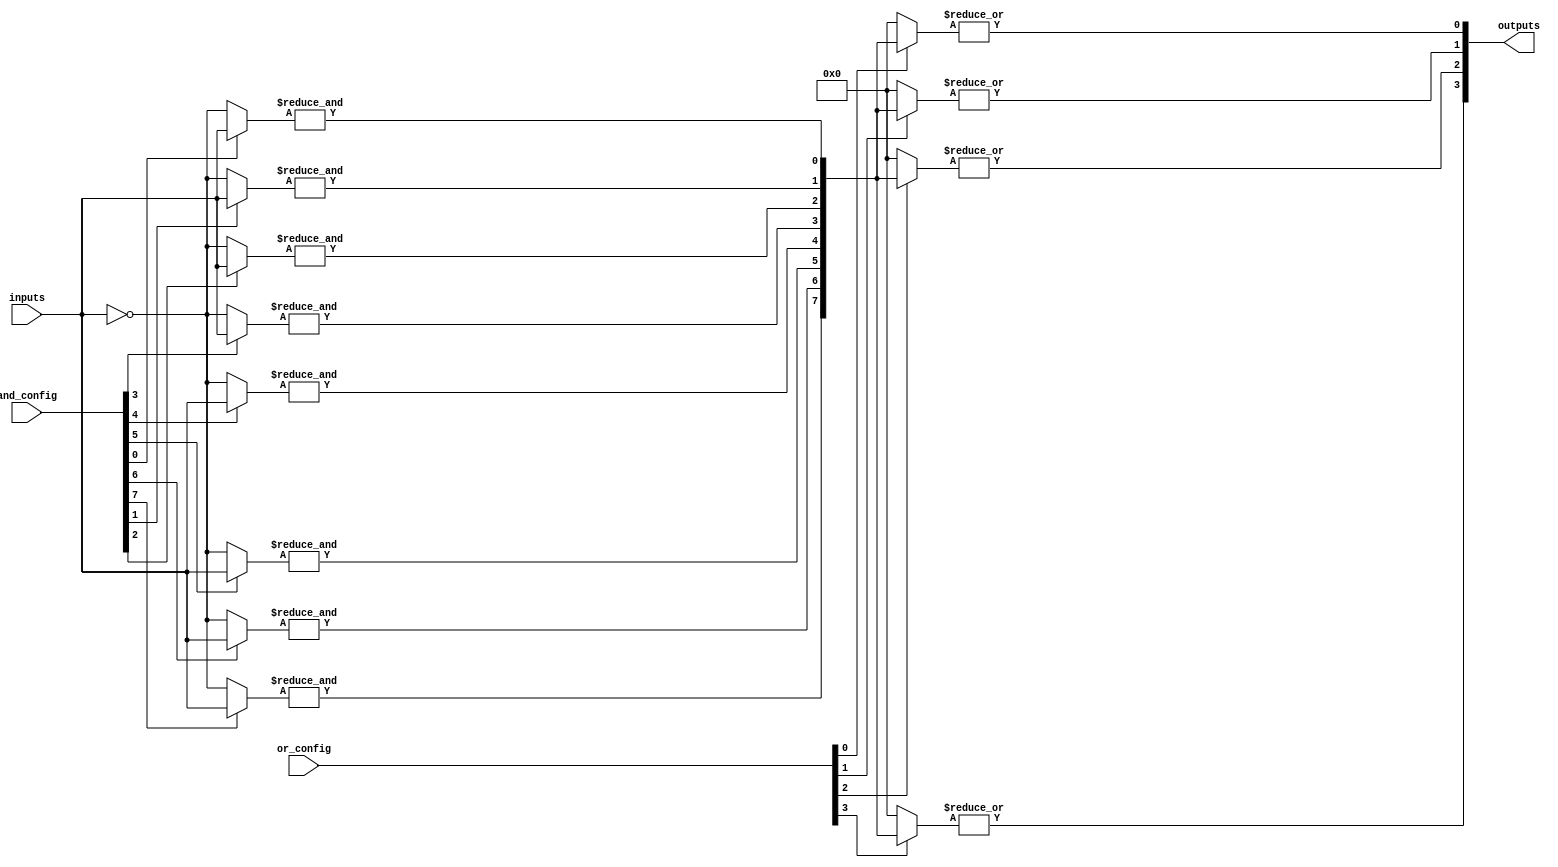
module programmable_logic_array (
    input wire [N-1:0] inputs,            // N input signals
    input wire [M-1:0] and_config,         // AND plane configuration
    input wire [O-1:0] or_config,          // OR plane configuration
    output reg [P-1:0] outputs             // P output signals
);
    parameter N = 4;                       // Number of inputs
    parameter M = 8;                       // Number of product terms (AND gates)
    parameter O = 4;                       // Number of output functions
    parameter P = 4;                       // Number of outputs

    // Internal wires to hold product terms generated by AND gates
    wire [M-1:0] product_terms;

    // AND Plane: Implementing the programmable AND gates
    generate
        genvar i, j;
        for (i = 0; i < M; i = i + 1) begin: and_gates
            wire [N-1:0] and_input;
            
            // Configure AND gate inputs based on and_config
            assign and_input = (and_config[i]) ? inputs : ~inputs; // Example configuration
            assign product_terms[i] = &and_input;                // AND operation
        end
    endgenerate

    // OR Plane: Implementing the programmable OR gates
    generate
        for (j = 0; j < O; j = j + 1) begin: or_gates
            wire [M-1:0] or_input;

            // Configure OR gate inputs based on or_config
            assign or_input = (or_config[j]) ? product_terms : 0; // Example configuration
            always @(*) begin
                outputs[j] = |or_input; // OR operation
            end
        end
    endgenerate

endmodule